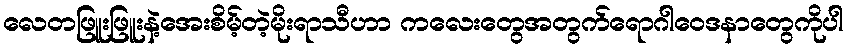
လေတဖြူးဖြူးနဲ့အေးစိမ့်တဲ့မိုးရာသီဟာ ကလေးတွေအတွက်ရောဂါဝေဒနာတွေကိုပါ